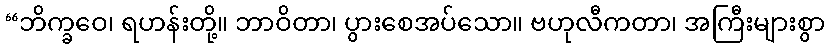
“ဘိက္ခဝေ၊ ရဟန်းတို့။ ဘာဝိတာ၊ ပွားစေအပ်သော။ ဗဟုလီကတာ၊ အကြီးများစွာ